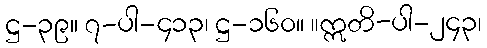
ဋ္ဌ-၃၉။ ၇-ပါ-၄၁၃၊ ဋ္ဌ-၁၆၀။ ။ဣတိ-ပါ-၂၄၃၊